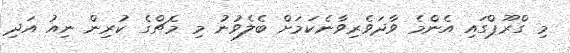
މި ގްރޫޕްގައި އެންމެ ވާދަވެރިވާނެކަމަށް ބެލެވުނު މި މެޗްގެ ކުރިން ނިއު އަދި